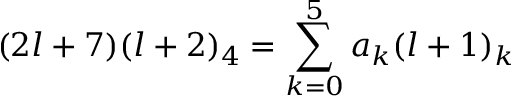
( 2 l + 7 ) ( l + 2 ) _ { 4 } = \sum _ { k = 0 } ^ { 5 } a _ { k } ( l + 1 ) _ { k }